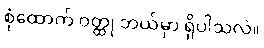
စုံထောက် ဝတ္ထု ဘယ်မှာ ရှိပါသလဲ။